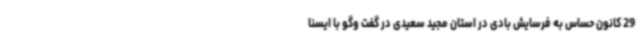
29 کانون حساس به فرسایش بادی در استان مجید سعیدی در گفت وگو با ایسنا